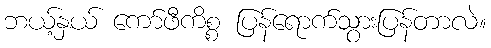
ဘယ့်နှယ် ကော်ဖီကိစ္စ ပြန်ရောက်သွားပြန်တာလဲ။